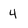
Character: 4